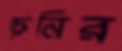
চেনির